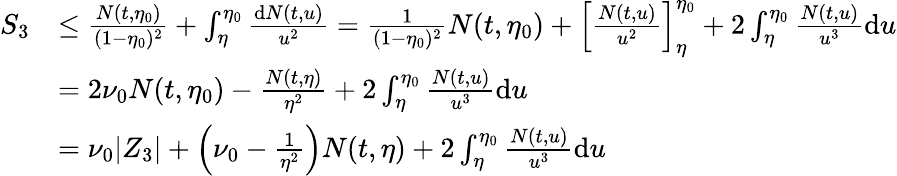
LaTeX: \begin{array}{rl}{S_{3}}&{\le\frac{N(t,\eta_{0})}{(1-\eta_{0})^{2}}+\int_{\eta}^{\eta_{0}}\frac{\mathrm{d}N(t,u)}{u^{2}}=\frac{1}{(1-\eta_{0})^{2}}N(t,\eta_{0})+\left[\frac{N(t,u)}{u^{2}}\right]_{\eta}^{\eta_{0}}+2\int_{\eta}^{\eta_{0}}\frac{N(t,u)}{u^{3}}\mathrm{d}u}\\ &{=2\nu_{0}N(t,\eta_{0})-\frac{N(t,\eta)}{\eta^{2}}+2\int_{\eta}^{\eta_{0}}\frac{N(t,u)}{u^{3}}\mathrm{d}u}\\ &{=\nu_{0}|Z_{3}|+\left(\nu_{0}-\frac{1}{\eta^{2}}\right)N(t,\eta)+2\int_{\eta}^{\eta_{0}}\frac{N(t,u)}{u^{3}}\mathrm{d}u}\end{array}